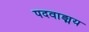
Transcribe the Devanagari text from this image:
पदवाङ्मय